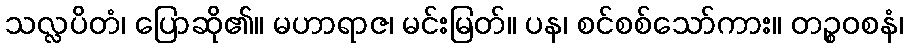
သလ္လပိတံ၊ ပြောဆို၏။ မဟာရာဇ၊ မင်းမြတ်။ ပန၊ စင်စစ်သော်ကား။ တဉ္စဝစနံ၊